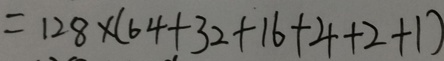
= 1 2 8 \times ( 6 4 + 3 2 + 1 6 + 4 + 2 + 1 )